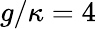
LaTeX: g/\kappa=4